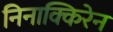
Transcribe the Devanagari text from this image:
निनाक्किरेन